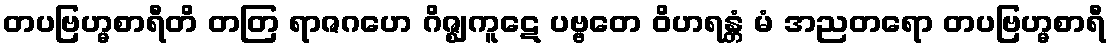
တပဗြဟ္မစာရီတိ တတြ ရာဇဂဟေ ဂိဇ္ဈကူဋေ ပဗ္ဗတေ ဝိဟရန္တံ မံ အညတရော တပဗြဟ္မစာရီ